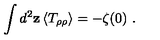
\int d ^ { 2 } { \bf z } \left< T _ { \rho \rho } \right> = - \zeta ( 0 ) \ .